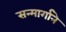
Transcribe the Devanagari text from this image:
सन्मार्गाने